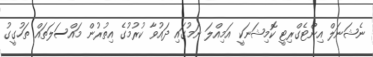
ނެޝަނަލް އިންޓެގްރިޓީ ކޮމިޝަނަކީ އަމިއްލަ ނަމުގައި ދައުވާ ކުރުމުގެ އިތުރުން މައްސަލަތައް ތަހުގީގު